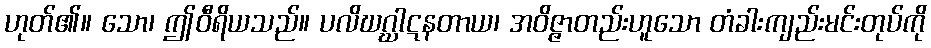
ဟုတ်၏။ သော၊ ဤဝီရိယသည်။ ပလိဃဂ္ဃါဋနတာယ၊ အဝိဇ္ဇာတည်းဟူသော တံခါးကျည်းမင်းတုပ်ကို